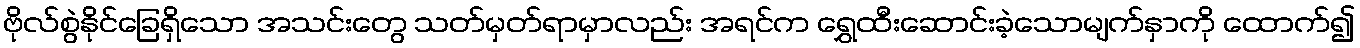
ဗိုလ်စွဲနိုင်ခြေရှိသော အသင်းတွေ သတ်မှတ်ရာမှာလည်း အရင်က ရွှေထီးဆောင်းခဲ့သောမျက်နှာကို ထောက်၍